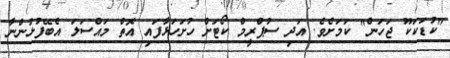
"ކުޑަކަކޫ ޖަހަން" ކަމަށެވެ. އަދި ސުޕްރީމް ކޯޓަށް ހުށަހަޅާފައި އޮތް މައްސަލަ އެބޭފުޅުންނާ